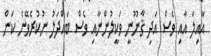
އާއިިލާ އާއި ވެސް އަދި ޤާނޫނީ ވަކީލުންނާއި ވެސް ބައްދަލު ނުކުރެވޭނެ ކަން